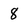
Character: 8